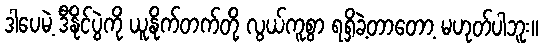
ဒါပေမဲ့ ဒီနိုင်ပွဲကို ယူနိုက်တက်တို့ လွယ်ကူစွာ ရရှိခဲ့တာတော့ မဟုတ်ပါဘူး။